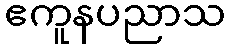
ဧကူနပညာသ